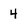
Character: 4